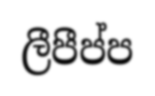
ලීපීප්ප